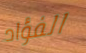
الفؤاد